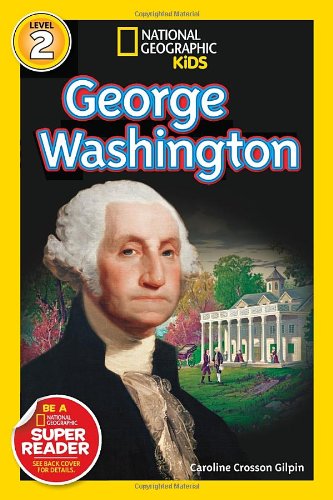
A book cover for National Geographic Readers: George Washington (Readers Bios); Caroline Crosson Gilpin; Children's Books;